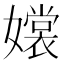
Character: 𡣖